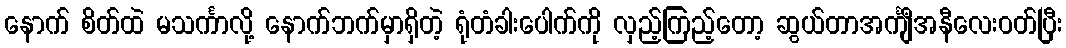
နောက် စိတ်ထဲ မသင်္ကာလို့ နောက်ဘက်မှာရှိတဲ့ ရုံတံခါးပေါက်ကို လှည့်ကြည့်တော့ ဆွယ်တာအင်္ကျီအနီလေးဝတ်ပြီး